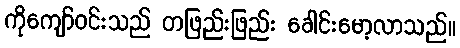
ကိုကျော်ဝင်းသည် တဖြည်းဖြည်း ခေါင်းမော့လာသည်။